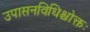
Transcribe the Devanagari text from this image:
उपासनविधिश्चोक्तः